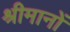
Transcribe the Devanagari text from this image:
श्रीमानों